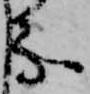
な